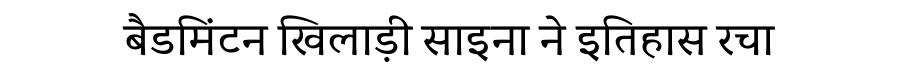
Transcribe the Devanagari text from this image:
बैडमिंटन खिलाड़ी साइना ने इतिहास रचा